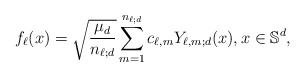
\begin{align*}f_\ell(x)=\sqrt{\frac{\mu_d}{n_{\ell;d}}}\sum_{m=1}^{n_{\ell;d}} c_{\ell,m} Y_{\ell,m;d}(x),x\in \mathbb{S}^d,\end{align*}